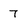
Character: 7